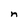
Character: n